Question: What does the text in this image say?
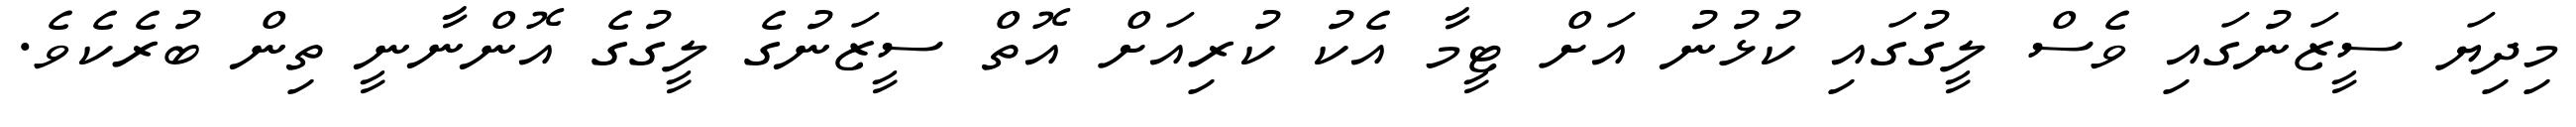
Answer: މިދިޔަ ސީޒަނުގައި ވެސް ލީގުގައި ކުޅުނު އަށް ޓީމާ އެކު ކުރިއަށް އޮތް ސީޒަނުގެ ލީގުގެ އޮންނާނީ ތިން ބުރެކެވެ.